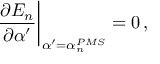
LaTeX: { \frac { \partial E _ { n } } { \partial \alpha ^ { \prime } } } { \bigg | } _ { \alpha ^ { \prime } = \alpha _ { n } ^ { P M S } } = 0 \, ,